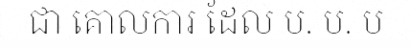
ជា គោលការ ដែល ប. ប. ប